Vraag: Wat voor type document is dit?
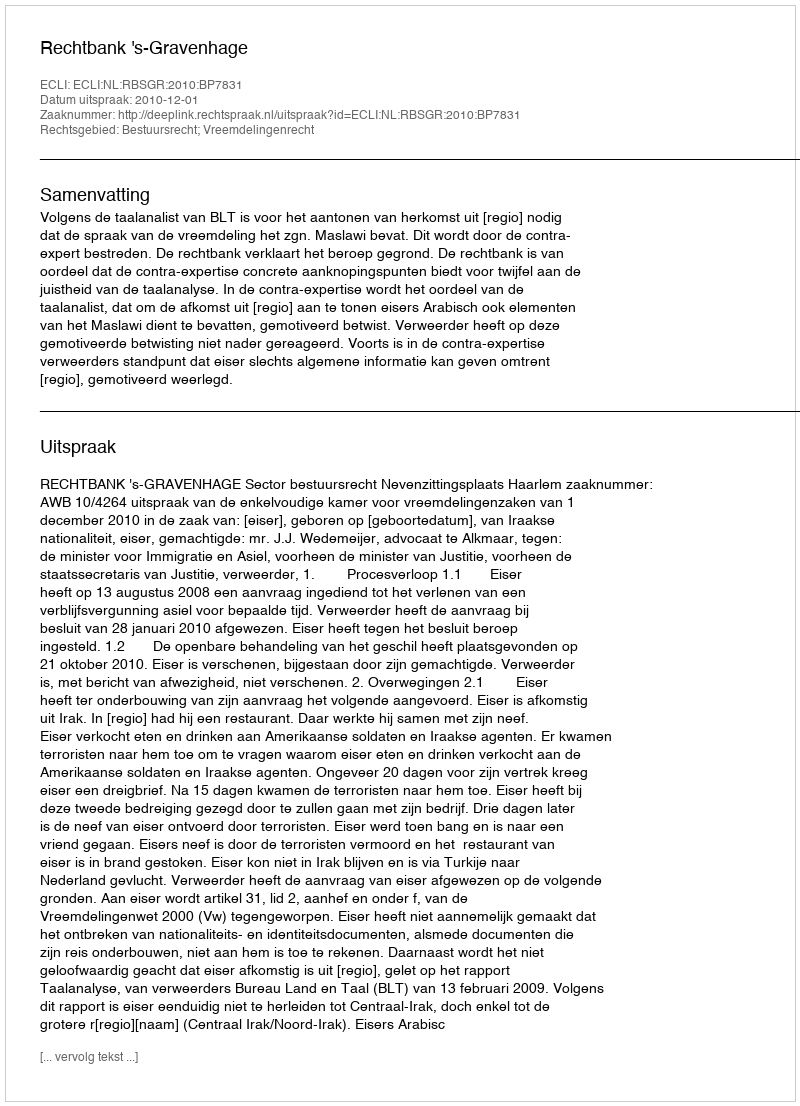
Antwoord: Uitspraak